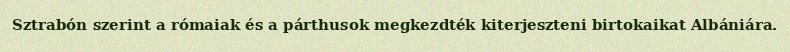
Sztrabón szerint a rómaiak és a párthusok megkezdték kiterjeszteni birtokaikat Albániára.